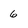
Character: 6